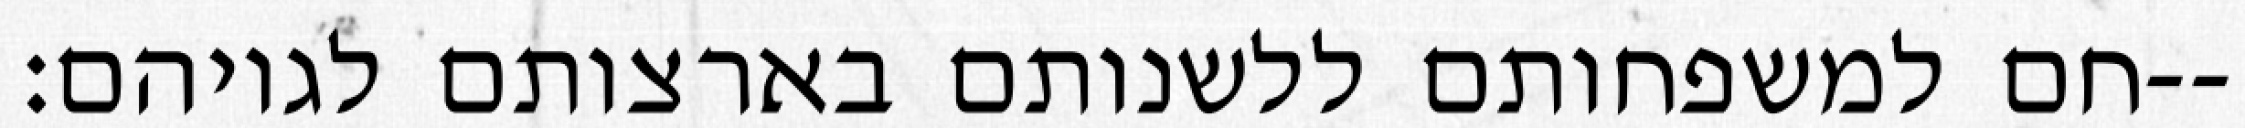
חם למשפחותם ללשנותם בארצותם לגויהם׃--